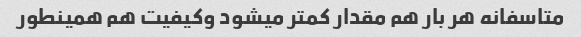
متاسفانه هر بار هم مقدار کمتر میشود وکیفیت هم همینطور